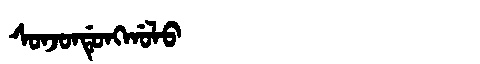
Manchu: ᠰᠣᠨᠵᠣᠨᡩᡠᠩᡤᠣᠯᠣ
Romanization: SONJONDUNGGOLO